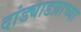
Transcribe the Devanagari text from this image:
दांड्याडय़ाच्या